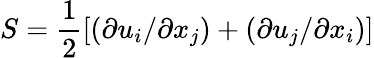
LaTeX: S=\frac{1}{2}\left[\left(\partial u_{i}/\partial x_{j}\right)+\left(\partial u_{j}/\partial x_{i}\right)\right]